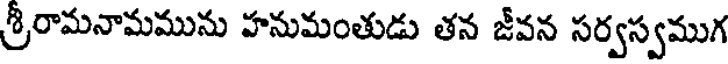
శ్రీరామనామమును హనుమంతుడు తన జీవన సర్వస్వముగ